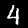
Digit: 4